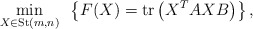
\begin{align*}\min_{X \in {\rm St}(m,n)} \,\,\, \left\{ F(X) = {\rm tr}\left( X^TAXB \right) \right\}, \end{align*}